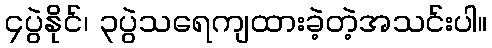
၄ပွဲနိုင်၊ ၃ပွဲသရေကျထားခဲ့တဲ့အသင်းပါ။